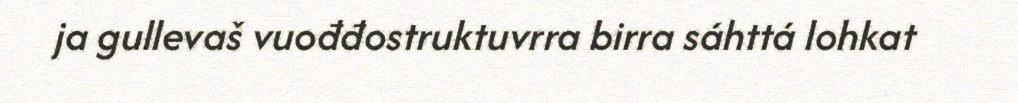
ja gullevaš vuođđostruktuvrra birra sáhttá lohkat